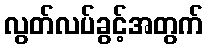
လွတ်လပ်ခွင့်အတွက်